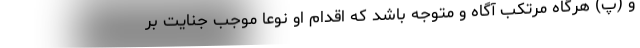
و (پ) هرگاه مرتکب آگاه و متوجه باشد که اقدام او نوعاً موجب جنایت بر